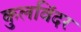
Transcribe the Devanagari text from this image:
कुलविंदर